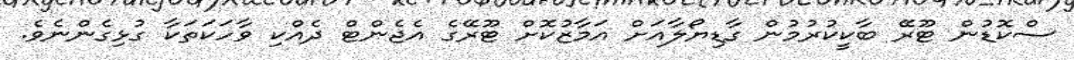
ސްކޮޑުން ޓޫރޭ ބާކީކުރުމުން ގާޑިޔޯލާއަށް އަމާޒުކޮށް ޓޫރޭގެ އެޖެންޓް ދެއްކި ވާހަކަތަކާ ގުޅިގެންނެވެ.